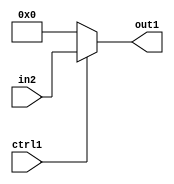
`timescale 1ps / 1ps
/*****************************************************************************
    Verilog RTL Description
    
    
    Created by: Stratus DpOpt 21.05.01 
*******************************************************************************/

module dut_N_Mux_16_2_26_1 (
	in2,
	ctrl1,
	out1
	); /* architecture "behavioural" */ 
input [15:0] in2;
input  ctrl1;
output [15:0] out1;
wire [15:0] asc001;

reg [15:0] asc001_tmp_0;
assign asc001 = asc001_tmp_0;
always @ (ctrl1 or in2) begin
	case (ctrl1)
		1'B1 : asc001_tmp_0 = in2 ;
		default : asc001_tmp_0 = 16'B0000000000000000 ;
	endcase
end

assign out1 = asc001;
endmodule

/* CADENCE  uLX2Sws= : u9/ySxbfrwZIxEzHVQQV8Q== ** DO NOT EDIT THIS LINE ******/